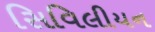
સિવિલીયન